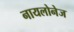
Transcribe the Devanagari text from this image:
नायलोनेज